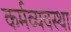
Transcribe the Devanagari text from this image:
कर्मव्यवस्था